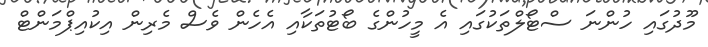
މޫދުގައި ހުންނަ ސްޓޯލްތަކުގައި އެ މީހުންގެ ބޯޓުތަކާއި އެހެން ވެސް މެރިން އިކުއިޕްމަންޓް